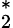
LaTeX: _{2}^{*}